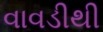
વાવડીથી